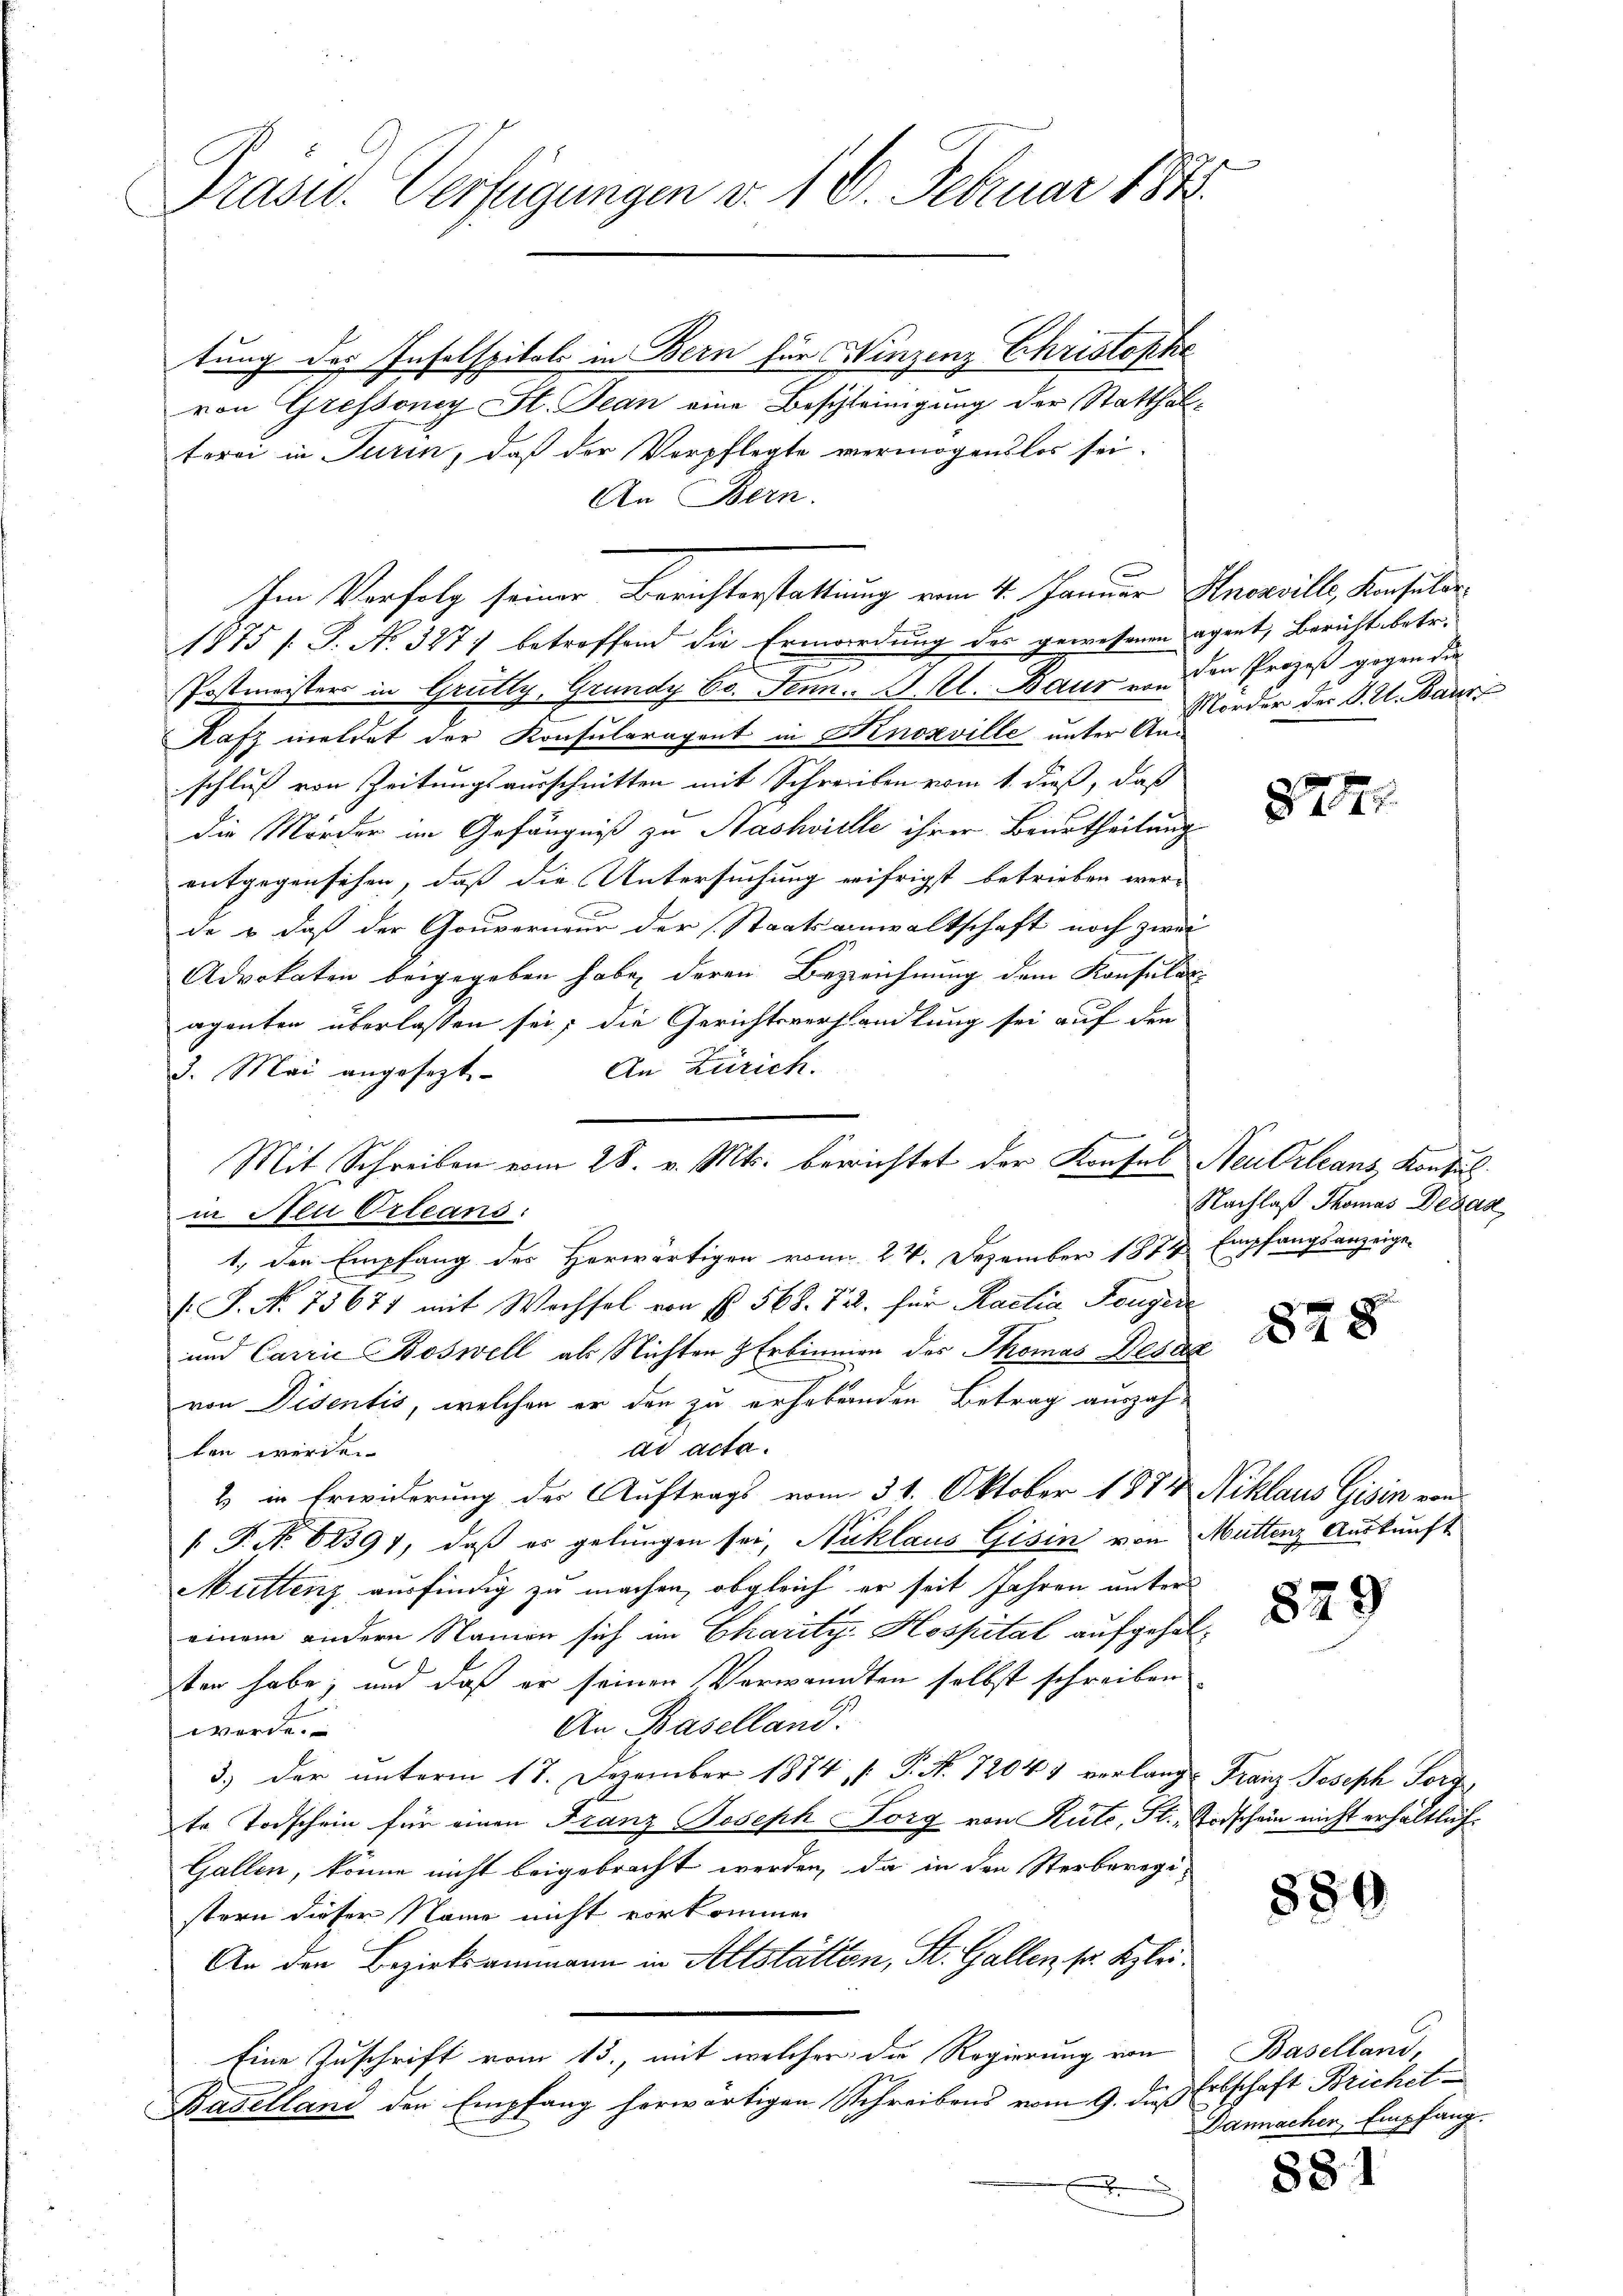
Präsid. Verfügungen v. 18. Februar 184

tung des Insolspitals in Bern für Hinzenz Christophe
von Grefsoney St. Jean eine Beschleinigung der Statthalterei in Turin, daß der Verpflegte vermögenslos sei.
An Bern.
e
1875 /: P. No. 327) betreffend die Ermordung des gewesenen agret, Bericht betr.
Postmeisters in Grütly, Grundy Co. Jenn. A. Al. Baur von den Prozeß gegen die
Rafz meldet der Konsularagent in Knoxville unter An-
schluß von Zeitungsausschnitten mit Schreiben vom 1. dieß, daß
die Mörder im Gefängniß zu Nashvielle ihrer Beurtheilung
entgegensehen, daß die Untersuchung eifrigst betrieben wer-
de & daß der Gouverneur der Staatsanwaltschaft noch zwei
Advokaten beigegeben habe, deren Bezeichnung dem Konsulat
aganten überlassen sei; die Gerichtsverhandlung sei auf den
An Zürich.
3. Mai angesezt
in Neu Orteans:
1., den Empfang des Herwärtigen von 24. Dezember 1872 Empfangsanzeige-
(J. No. 73671 mit Wochsel von § 568. 722. für Kactia Tongire
und Carrić Boswell als Nichten & Erbinnen des Thomas Besak
von Disentis, welchen er den zu erhebenden Betrag auszah-
ad acta.
ten werden.
2 in Erwiderung der Auftrags vom 31. Oktober 1874 Niklaus Gisin von
 P. Nr. 82397, daß es gelungen sei, Niklaus Gisin von Muttenz Auskunft
Muttenz ausfindig zu machen, obgleich er seit Jahren unter
einem andern Namen sich im Charitz Hospital aufgehalten habe; und daß er seinen Verwandten selbst schreiben
An Baselland.
werde.
3.) Der unterm 17. Dezember 1874, P. N. 72047 verlangt Franz Joseph Sorg
te Todschein für einen Franz Joseph Forg von Rüte, St.- Todschein nicht erhältlich¬
Gallen, könne nicht beigebracht werden, da in den Sterberegistern dieser Name nicht vorkommen
An den Bezirksammann in Altstätten, St. Gallen sr. Klei¬
Eine Zuschrift vom 13., mit welcher die Regierung von Baselland,
Baselland den Empfang herwärtigen Schreibens vom 9. dieß
x

Im Vorfolg seiner Berichterstattung vom 4. Januar Hnowill, Konsulie

Mit Schreiben vom 28. v. Mts. berichtet der Konsul Neu Orleans Konsul

Morder des K. A. Baur

8771

Nachlaß Thomas Degas

878

829

880

Erbschaft Brichet
Dannachen, Empfang.

881